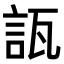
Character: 𧧀